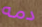
دمه